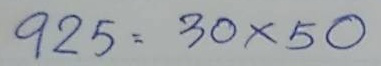
925 = 30 x 50